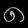
Digit: ၈